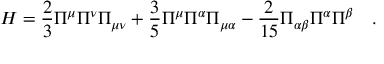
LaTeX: H = \frac { 2 } { 3 } \Pi ^ { \mu } \Pi ^ { \nu } \Pi _ { \mu \nu } + \frac { 3 } { 5 } \Pi ^ { \mu } \Pi ^ { \alpha } \Pi _ { \mu \alpha } - \frac { 2 } { 1 5 } \Pi _ { \alpha \beta } \Pi ^ { \alpha } \Pi ^ { \beta } \quad .